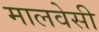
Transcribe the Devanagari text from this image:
मालवेसी